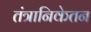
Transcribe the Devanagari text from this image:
तंत्रानिकेतन